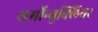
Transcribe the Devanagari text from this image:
थर्मोन्युक्लियर